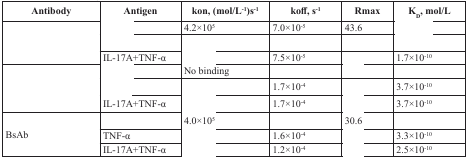
<table><thead><tr><td><b>Antibody</b></td><td><b>Antigen</b></td><td><b>kon, (mol/L<sup>-1</sup>)s<sup>-1</sup></b></td><td><b>koff, s<sup>-1</sup></b></td><td><b>Rmax</b></td><td><b>K<sub>D</sub>, mol/L</b></td></tr></thead><tbody><tr><td rowspan="3">[EMPTY_CELL]</td><td>[EMPTY_CELL]</td><td>4.2×10<sup>5</sup></td><td>7.0×10<sup>-5</sup></td><td>43.6</td><td>[EMPTY_CELL]</td></tr><tr><td>[EMPTY_CELL]</td><td>[EMPTY_CELL]</td><td>[EMPTY_CELL]</td><td>[EMPTY_CELL]</td><td>[EMPTY_CELL]</td></tr><tr><td>IL-17A+TNF-α</td><td>[EMPTY_CELL]</td><td>7.5×10<sup>-5</sup></td><td>[EMPTY_CELL]</td><td>1.7×10<sup>-10</sup></td></tr><tr><td rowspan="3">[EMPTY_CELL]</td><td>[EMPTY_CELL]</td><td>No binding</td><td>[EMPTY_CELL]</td><td>[EMPTY_CELL]</td><td>[EMPTY_CELL]</td></tr><tr><td>[EMPTY_CELL]</td><td>[EMPTY_CELL]</td><td>1.7×10<sup>-4</sup></td><td>[EMPTY_CELL]</td><td>3.7×10<sup>-10</sup></td></tr><tr><td>IL-17A+TNF-α</td><td>[EMPTY_CELL]</td><td>1.7×10<sup>-4</sup></td><td>[EMPTY_CELL]</td><td>3.7×10<sup>-10</sup></td></tr><tr><td rowspan="3">BsAb</td><td>[EMPTY_CELL]</td><td>4.0×10<sup>5</sup></td><td>[EMPTY_CELL]</td><td>30.6</td><td>[EMPTY_CELL]</td></tr><tr><td>TNF-α</td><td>[EMPTY_CELL]</td><td>1.6×10<sup>-4</sup></td><td>[EMPTY_CELL]</td><td>3.3×10<sup>-10</sup></td></tr><tr><td>IL-17A+TNF-α</td><td>[EMPTY_CELL]</td><td>1.2×10<sup>-4</sup></td><td>[EMPTY_CELL]</td><td>2.5×10<sup>-10</sup></td></tr></tbody></table>